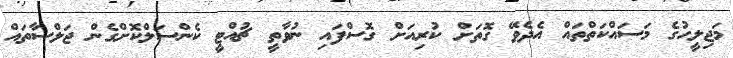
މަޖިލީހުގެ މަސައްކަތްތައް އެދެވޭ ގޮތަށް ކުރިއަށް ގޮސްފައި ނުވާތީ ޗުއްޓީ ކެންސަލްކޮށްގެން ޖަލްސާތައް